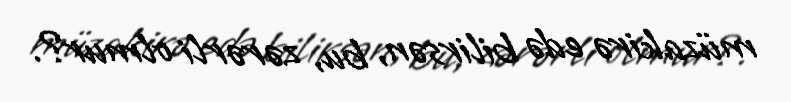
müzakirə edə bilirsən, bu, zərərli olmur?.